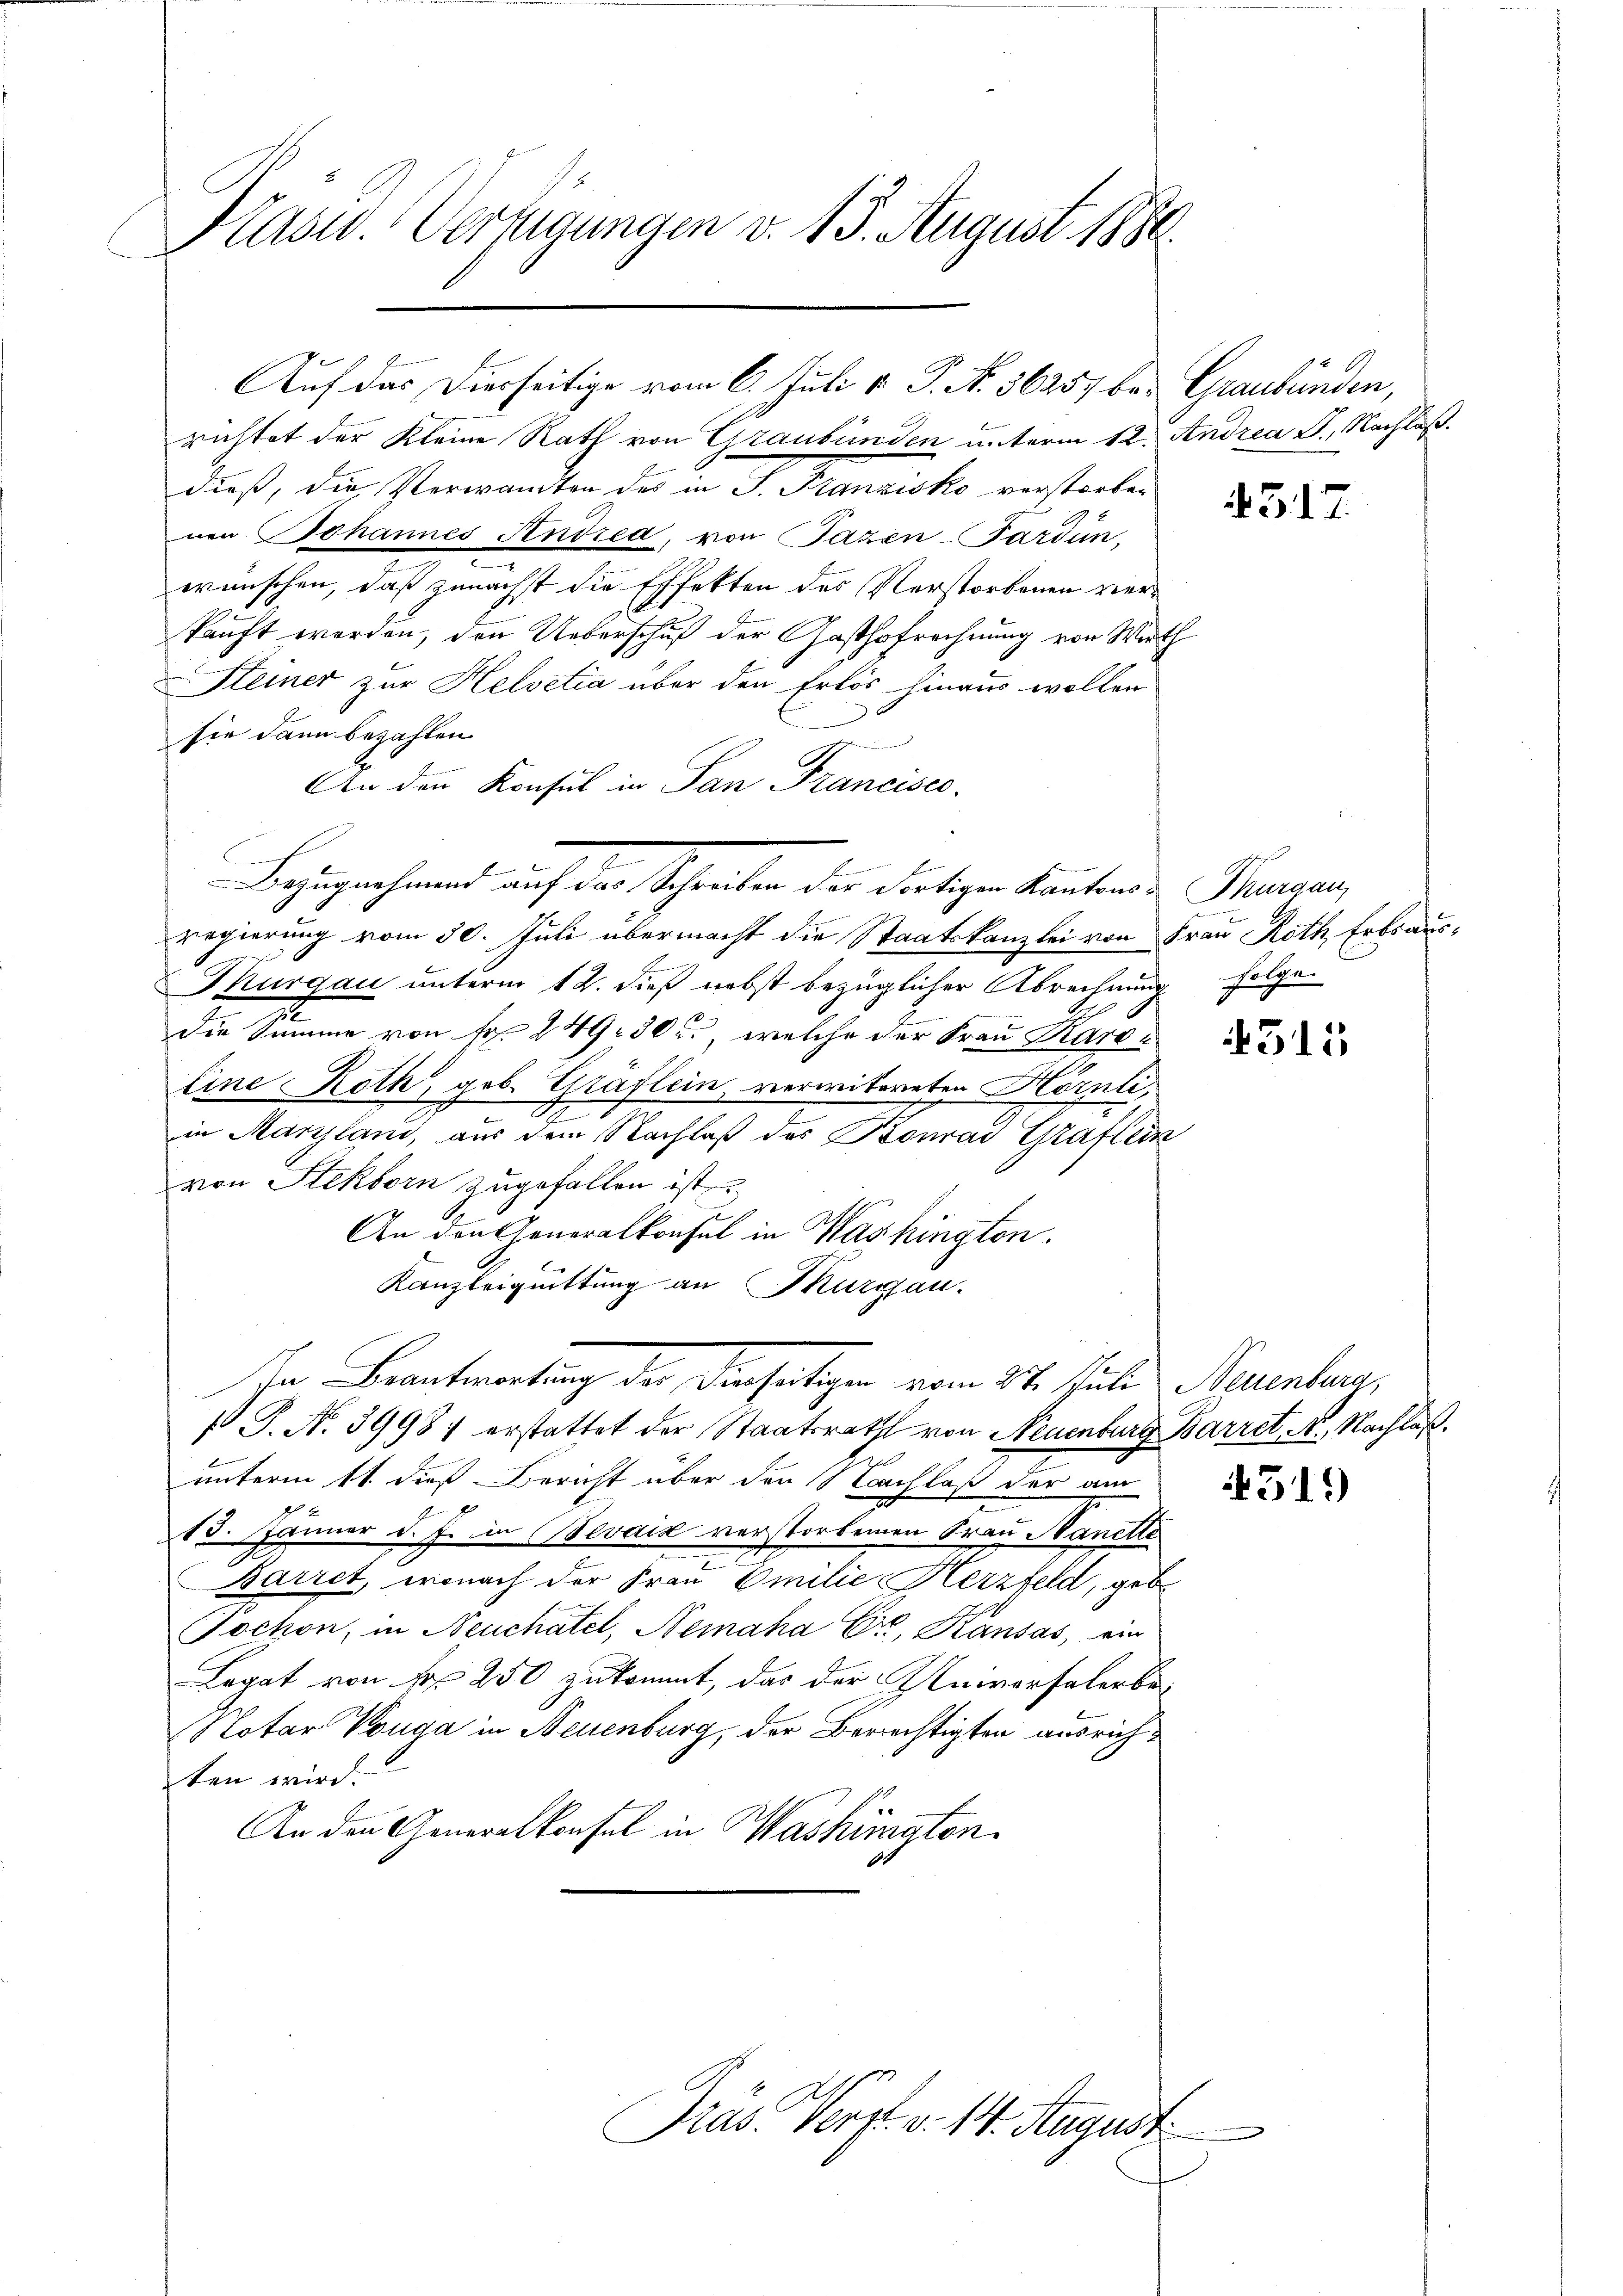
Hasw. Verfügungen v. 15. August 1890.

richtet der Kleine Rath von Graubünden unterm 12. Andrea u. Nachlaß.
dieß, die Verwandten des in J. Kanzisko verstorben
nen Johannes Andrea, von Pazen-Forden,
wünschen, daß zunächst die Effekten des Verstorbenen verkauft worden, den Ueberschuß der Gasthofrechnung von Wirth
Steiner zur Helvetia über den Erlös hinaus wollen
sie dann bezahlen.

G.
An den Konsul in Pan Krancisco
C
regierung vom 30. Juli übermacht die Staatskanzlei von Frau Roth Erbsaus¬
.
Thurgau unterm 12. dieß nebst bezüglicher Abrechnung folgen
n
die Summe von Fr. 249. 30 f., welche der Frau Karo¬
Eine Roth, geb. Graflein, verwitweten Hörnli,
A
in Marzland, aus dem Nachlaß des Konrad Graflein
von Steckborn zugefallen ist
An den Generalkonsul in Washington.
Kanzleiquittung an Thurgau.
In Beantwortung der Diesertigen vom 24. Juli Neuenburg,
 J. No 3998; erstattet der Staatsrath von Neuenburg Barret, N. Nachlaßunterm 11. dieß Bericht über den Nachlaß der am
h
13. Januar d. J. in BBevaiz verstorbenen Frau Hanette
Bairet, wonach der Frau Emilie Herzfeld, gebe
Pochon, in Neuchatel, Nemaha Dr. Kausas, ein
Legat von No 250 zukommt, das der Universalerbe¬
Notar Vouga in Neuenburg, der Berechtigten ausrichten wird.
An den Generalkonsul in Washington
6

Auf das Dierseitige vom 6. Juli v. P. No. 56257 bei Graubünden,

Bezugnehmend auf der Schreiben des dortigen Kantons - Pausen,

Präs. Verpt. v. 14. August

t

4517.

4511

4319